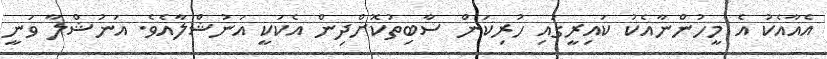
އެއާއެކު އެ މީހުންނާއެކު ކައިރީގައި ހުރިކަން ސާބިތުކޮށްދިން އެކަކީ އަނުޝްލާއެވެ. އަނުޝްލާ ވަނީ